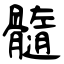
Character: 髓